342_HS1-416511228_319.1 Flying Discs 1949
Agency: Department of War
Incident date: 1/9/50
Page 26
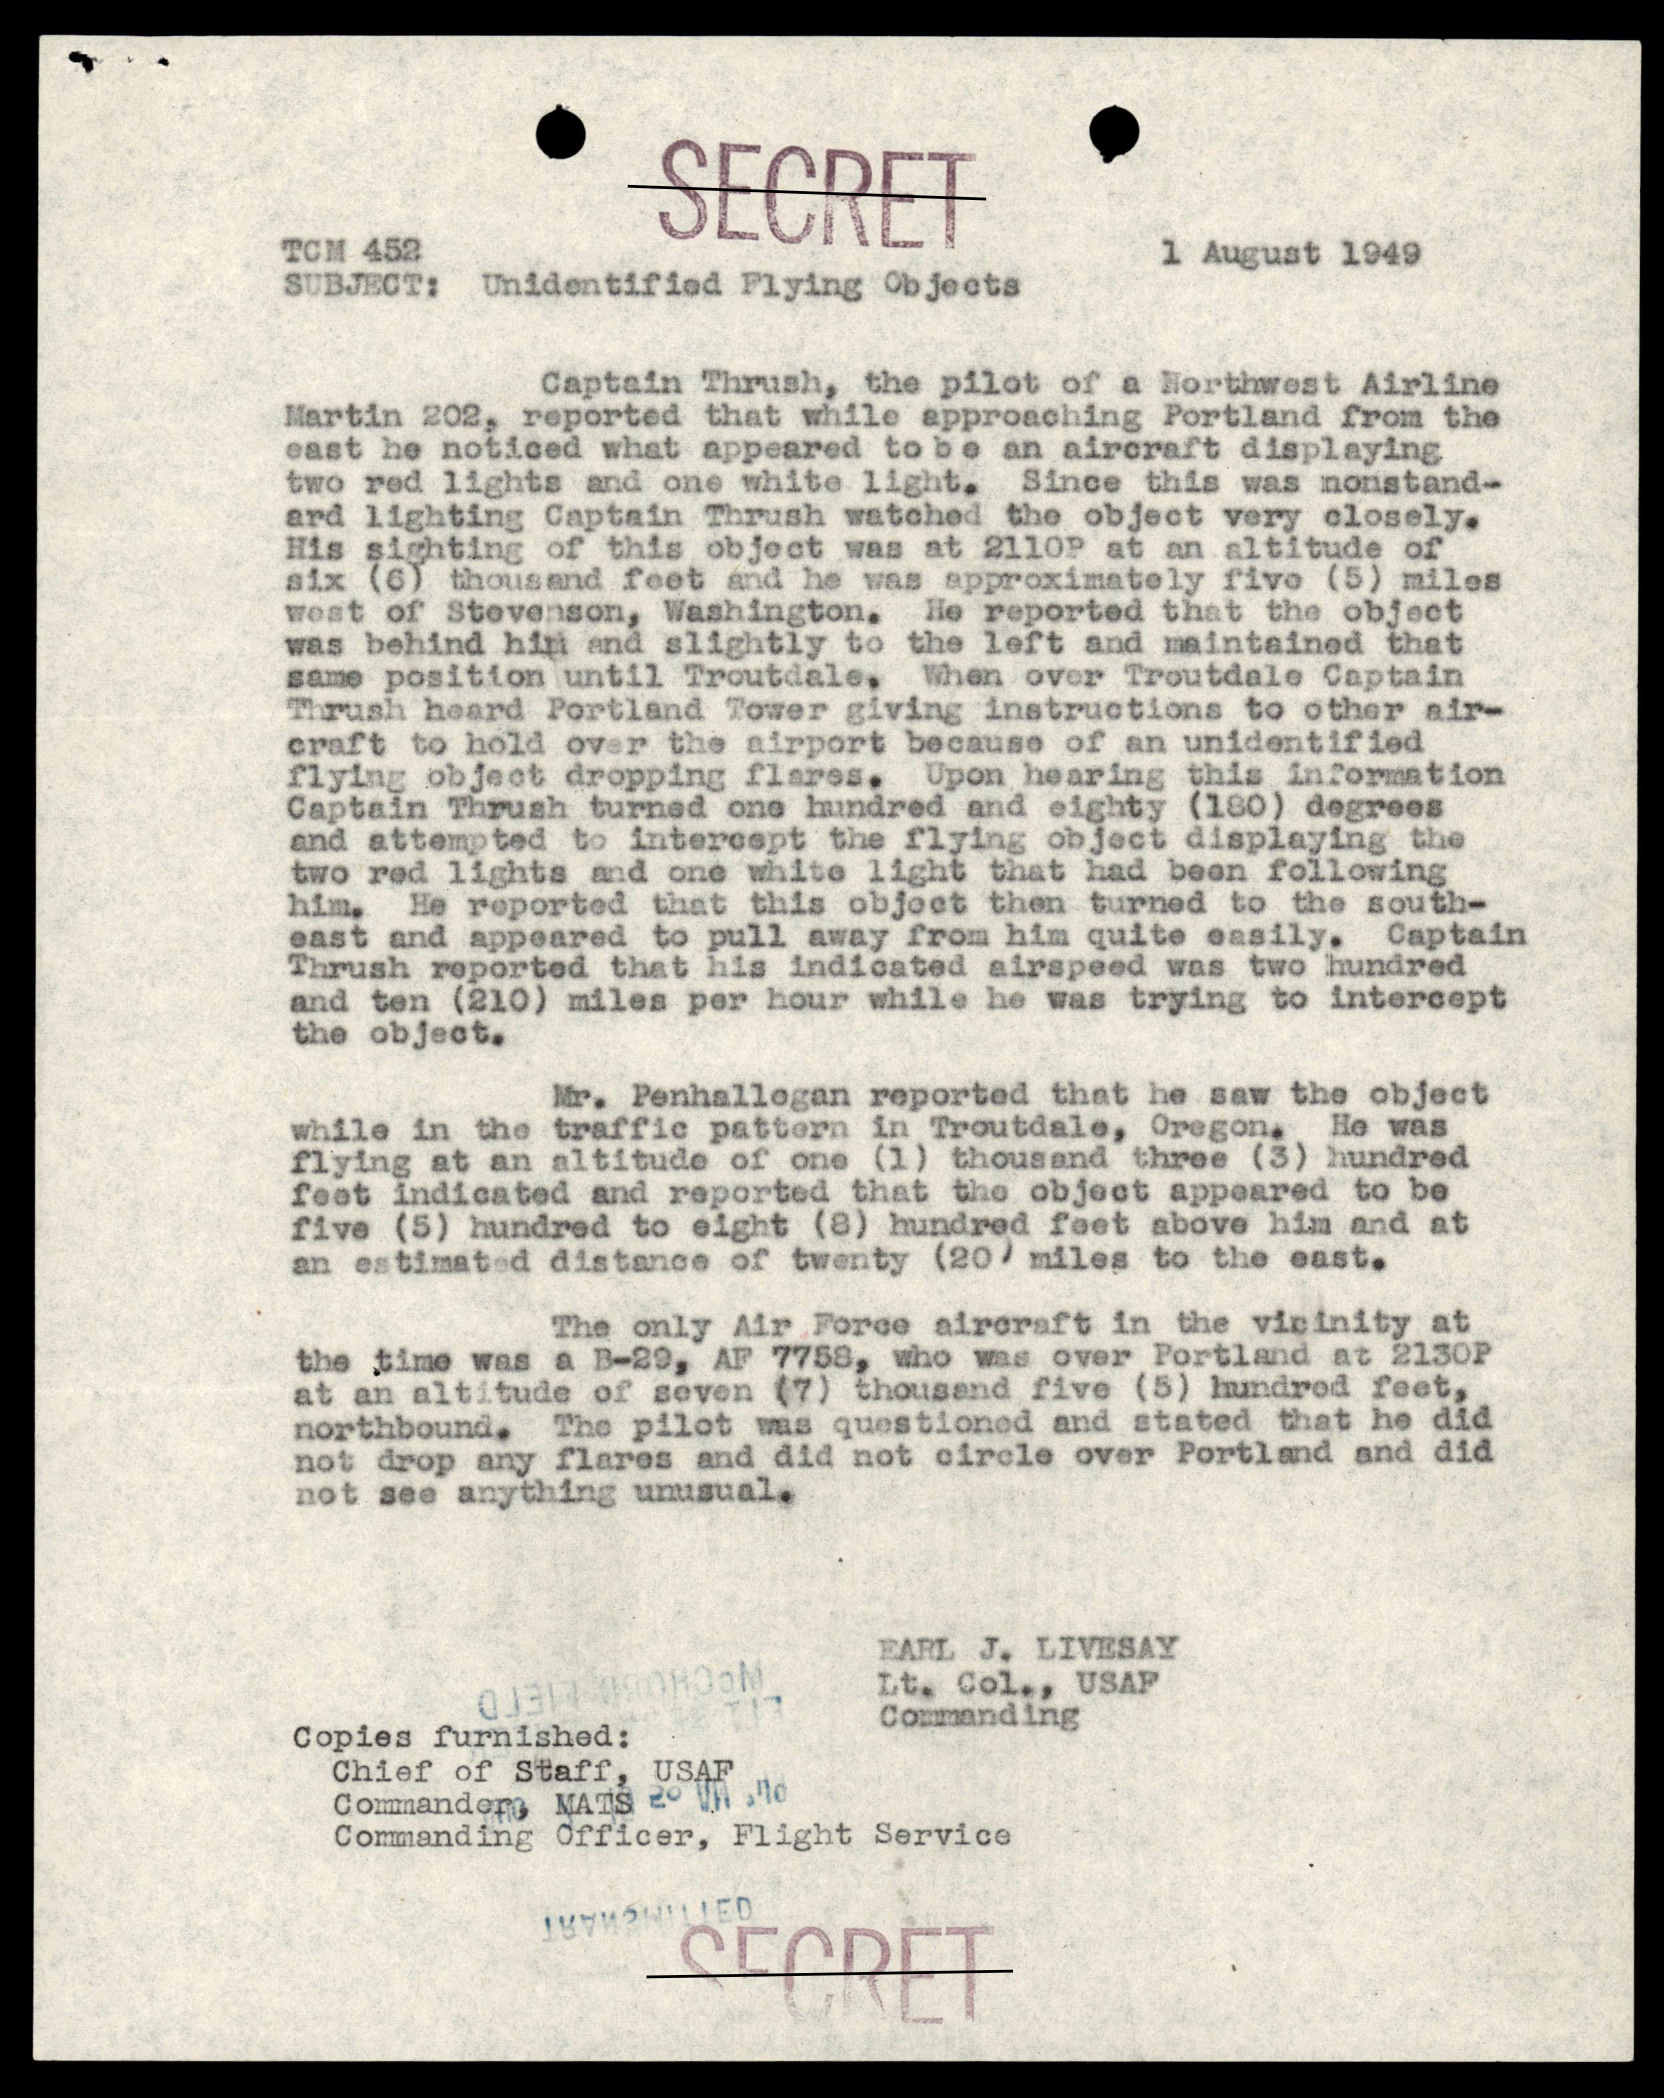